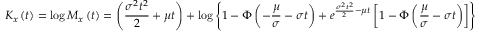
K _ { x } \left( t \right) = \log { M _ { x } \left( t \right) } = \left( { \frac { \sigma ^ { 2 } t ^ { 2 } } { 2 } } + \mu t \right) + \log { \left\lbrace 1 - \Phi \left( - { \frac { \mu } { \sigma } } - \sigma t \right) + e ^ { { \frac { \sigma ^ { 2 } t ^ { 2 } } { 2 } } - \mu t } \left[ 1 - \Phi \left( { \frac { \mu } { \sigma } } - \sigma t \right) \right] \right\rbrace }